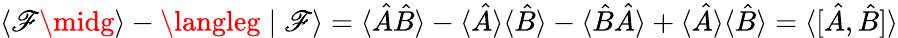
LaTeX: \langle\mathscr{F}\midg\rangle-\langleg\mid\mathscr{F}\rangle=\langle{\hat{{A}}}{\hat{{B}}}\rangle-\langle{\hat{{A}}}\rangle\langle{\hat{{B}}}\rangle-\langle{\hat{{B}}}{\hat{{A}}}\rangle+\langle{\hat{{A}}}\rangle\langle{\hat{{B}}}\rangle=\langle[{\hat{{A}}},{\hat{{B}}}]\rangle